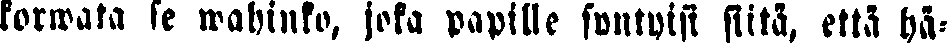
korwata se wahinko, joka papille syntyi siitä, että hä-